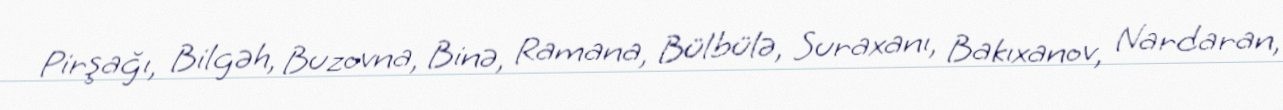
Pirşağı, Bilgəh, Buzovna, Binə, Ramana, Bülbülə, Suraxanı, Bakıxanov, Nardaran,